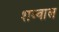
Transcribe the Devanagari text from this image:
शब्वाल